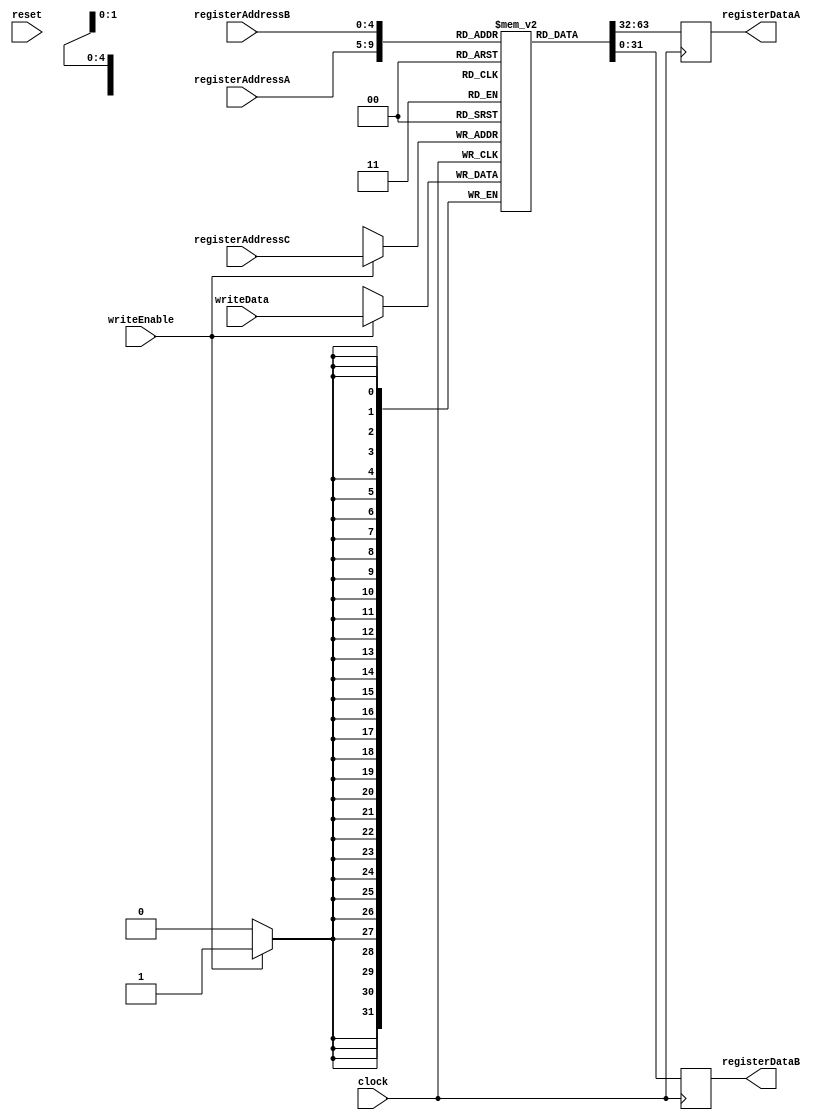
module reza_register (
  // this part of processor responsible for saving states,so need clock and reset 
  clock, 
  reset,
  // component input addresses to access to register bank for READ & WRITE operation
  registerAddressA, // register addrees for READ operation 
  registerAddressB, // register addrees for READ operation
  registerAddressC, // register addrees for WRITE operation
  writeData, // input data that store in register bank in WRITE operation
  writeEnable, //
  registerDataA, // value of register in READ operation
  registerDataB // value of register in READ operation
);

  // variables I/O assignment
  input clock;
  input reset;
  input [4:0] registerAddressA;
  input [4:0] registerAddressB;
  input [4:0] registerAddressC;
  input [31:0] writeData;
  input writeEnable;
  output reg [31:0]registerDataA;
  output reg [31:0] registerDataB;

  // register list declaration
  reg [31:0] registerBank [0:31];

  // initialize register bank list element for test
  initial
    begin   
      registerBank[0] = 32'h00000000;
      registerBank[1] = 32'd252; 
      registerBank[2] = 32'hb0;
    end

/*
  //initialize register bank list 
  initial
    begin
      registerBank[0] <= 32'h00000000;
      registerBank[1] <= 32'd252;
      registerBank[2] <= 32'hb0;
      registerBank[3] <= 32'h00000000;
      registerBank[4] <= 32'h00000000;
      registerBank[5] <= 32'h00000000;
      registerBank[6] <= 32'h00000000;
      registerBank[7] <= 32'h00000000;
      registerBank[8] <= 32'h00000000;
      registerBank[9] <= 32'h00000000;
      registerBank[10] <= 32'h00000000;
      registerBank[11] <= 32'h00000000;
      registerBank[12] <= 32'h00000000;
      registerBank[13] <= 32'h00000000;
      registerBank[14] <= 32'h00000000;
      registerBank[15] <= 32'h00000000;
      registerBank[16] <= 32'h00000000;
      registerBank[17] <= 32'h00000000;
      registerBank[18] <= 32'h00000000;
      registerBank[19] <= 32'h00000000;
      registerBank[20] <= 32'h00000000;
      registerBank[21] <= 32'h00000000;
      registerBank[22] <= 32'h00000000;
      registerBank[23] <= 32'h00000000;
      registerBank[24] <= 32'h00000000;
      registerBank[25] <= 32'h00000000;
      registerBank[26] <= 32'h00000000;
      registerBank[27] <= 32'h00000000;
      registerBank[28] <= 32'h00000000;
      registerBank[29] <= 32'h00000000; 
      registerBank[30] <= 32'h00000000;
      registerBank[31] <= 32'h00000000;
    end
*/

  // READ operation
  always @(negedge clock) //when clock trigger is in negetive edge execute block in below
    begin
       registerDataA <= registerBank[registerAddressA]; //assign registerDataA, value of register bank registerAddressA address
       registerDataB <= registerBank[registerAddressB]; //assign registerDataB, value of register bank registerAddressB address
    end

  //WRITE operation
  always @(posedge clock) //when clock trigger is in posetive edge execute block in below
    begin
      if(writeEnable == 1) // if write base is "1" condition is true and confirmed 
         begin
	    registerBank[registerAddressC] <= writeData; // assign value of register bank registerAddressC address, writeData
         end 
    end    
endmodule